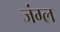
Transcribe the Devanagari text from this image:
जंग्ल